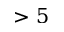
> 5